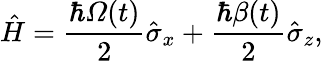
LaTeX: \hat{H}=\frac{\hbar\mathit{\Omega}(t)}{2}\hat{\sigma}_{x}+\frac{\hbar\beta(t)}{2}\hat{\sigma}_{z},